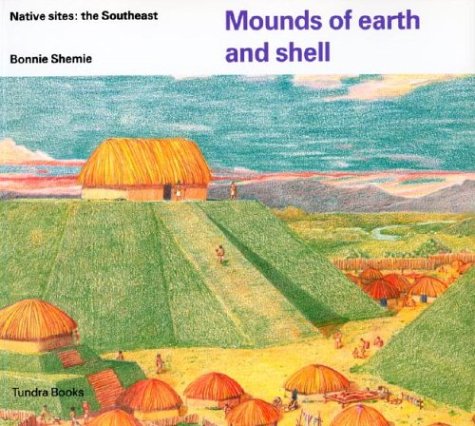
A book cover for Mounds of earth and shell (Native Dwellings); Bonnie Shemie; Children's Books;